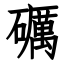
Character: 礪